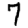
Digit: 7